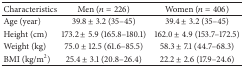
<table><thead><tr><td><b>Characteristics</b></td><td><b>Men (<i>n</i> = 226)</b></td><td><b>Women (<i>n</i> = 406)</b></td></tr></thead><tbody><tr><td>Age (year)</td><td>39.8 ± 3.2 (35–45)</td><td>39.4 ± 3.2 (35–45)</td></tr><tr><td>Height (cm)</td><td>173.2 ± 5.9 (165.8–180.1)</td><td>162.0 ± 4.9 (153.7–172.5)</td></tr><tr><td>Weight (kg)</td><td>75.0 ± 12.5 (61.6–85.5)</td><td>58.3 ± 7.1 (44.7–68.3)</td></tr><tr><td>BMI (kg/m<sup>2</sup>)</td><td>25.4 ± 3.1 (20.8–26.4)</td><td>22.2 ± 2.6 (17.9–24.6)</td></tr></tbody></table>